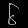
Digit: ၆